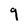
Character: 9